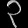
Digit: ၃